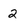
Character: 2